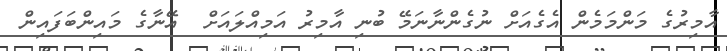
އާމިރުގެ މަންމަމެން އެގެއަށް ނުގެންނާނަމޭ ބުނި އާމިރު އަމިއްލައަށް  އޭނާގެ މައިންބަފައިން